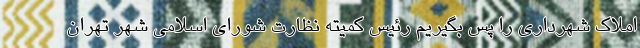
املاک شهرداری را پس بگیریم رئیس کمیته نظارت شورای اسلامی شهر تهران